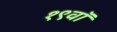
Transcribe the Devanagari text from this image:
१९वॉ